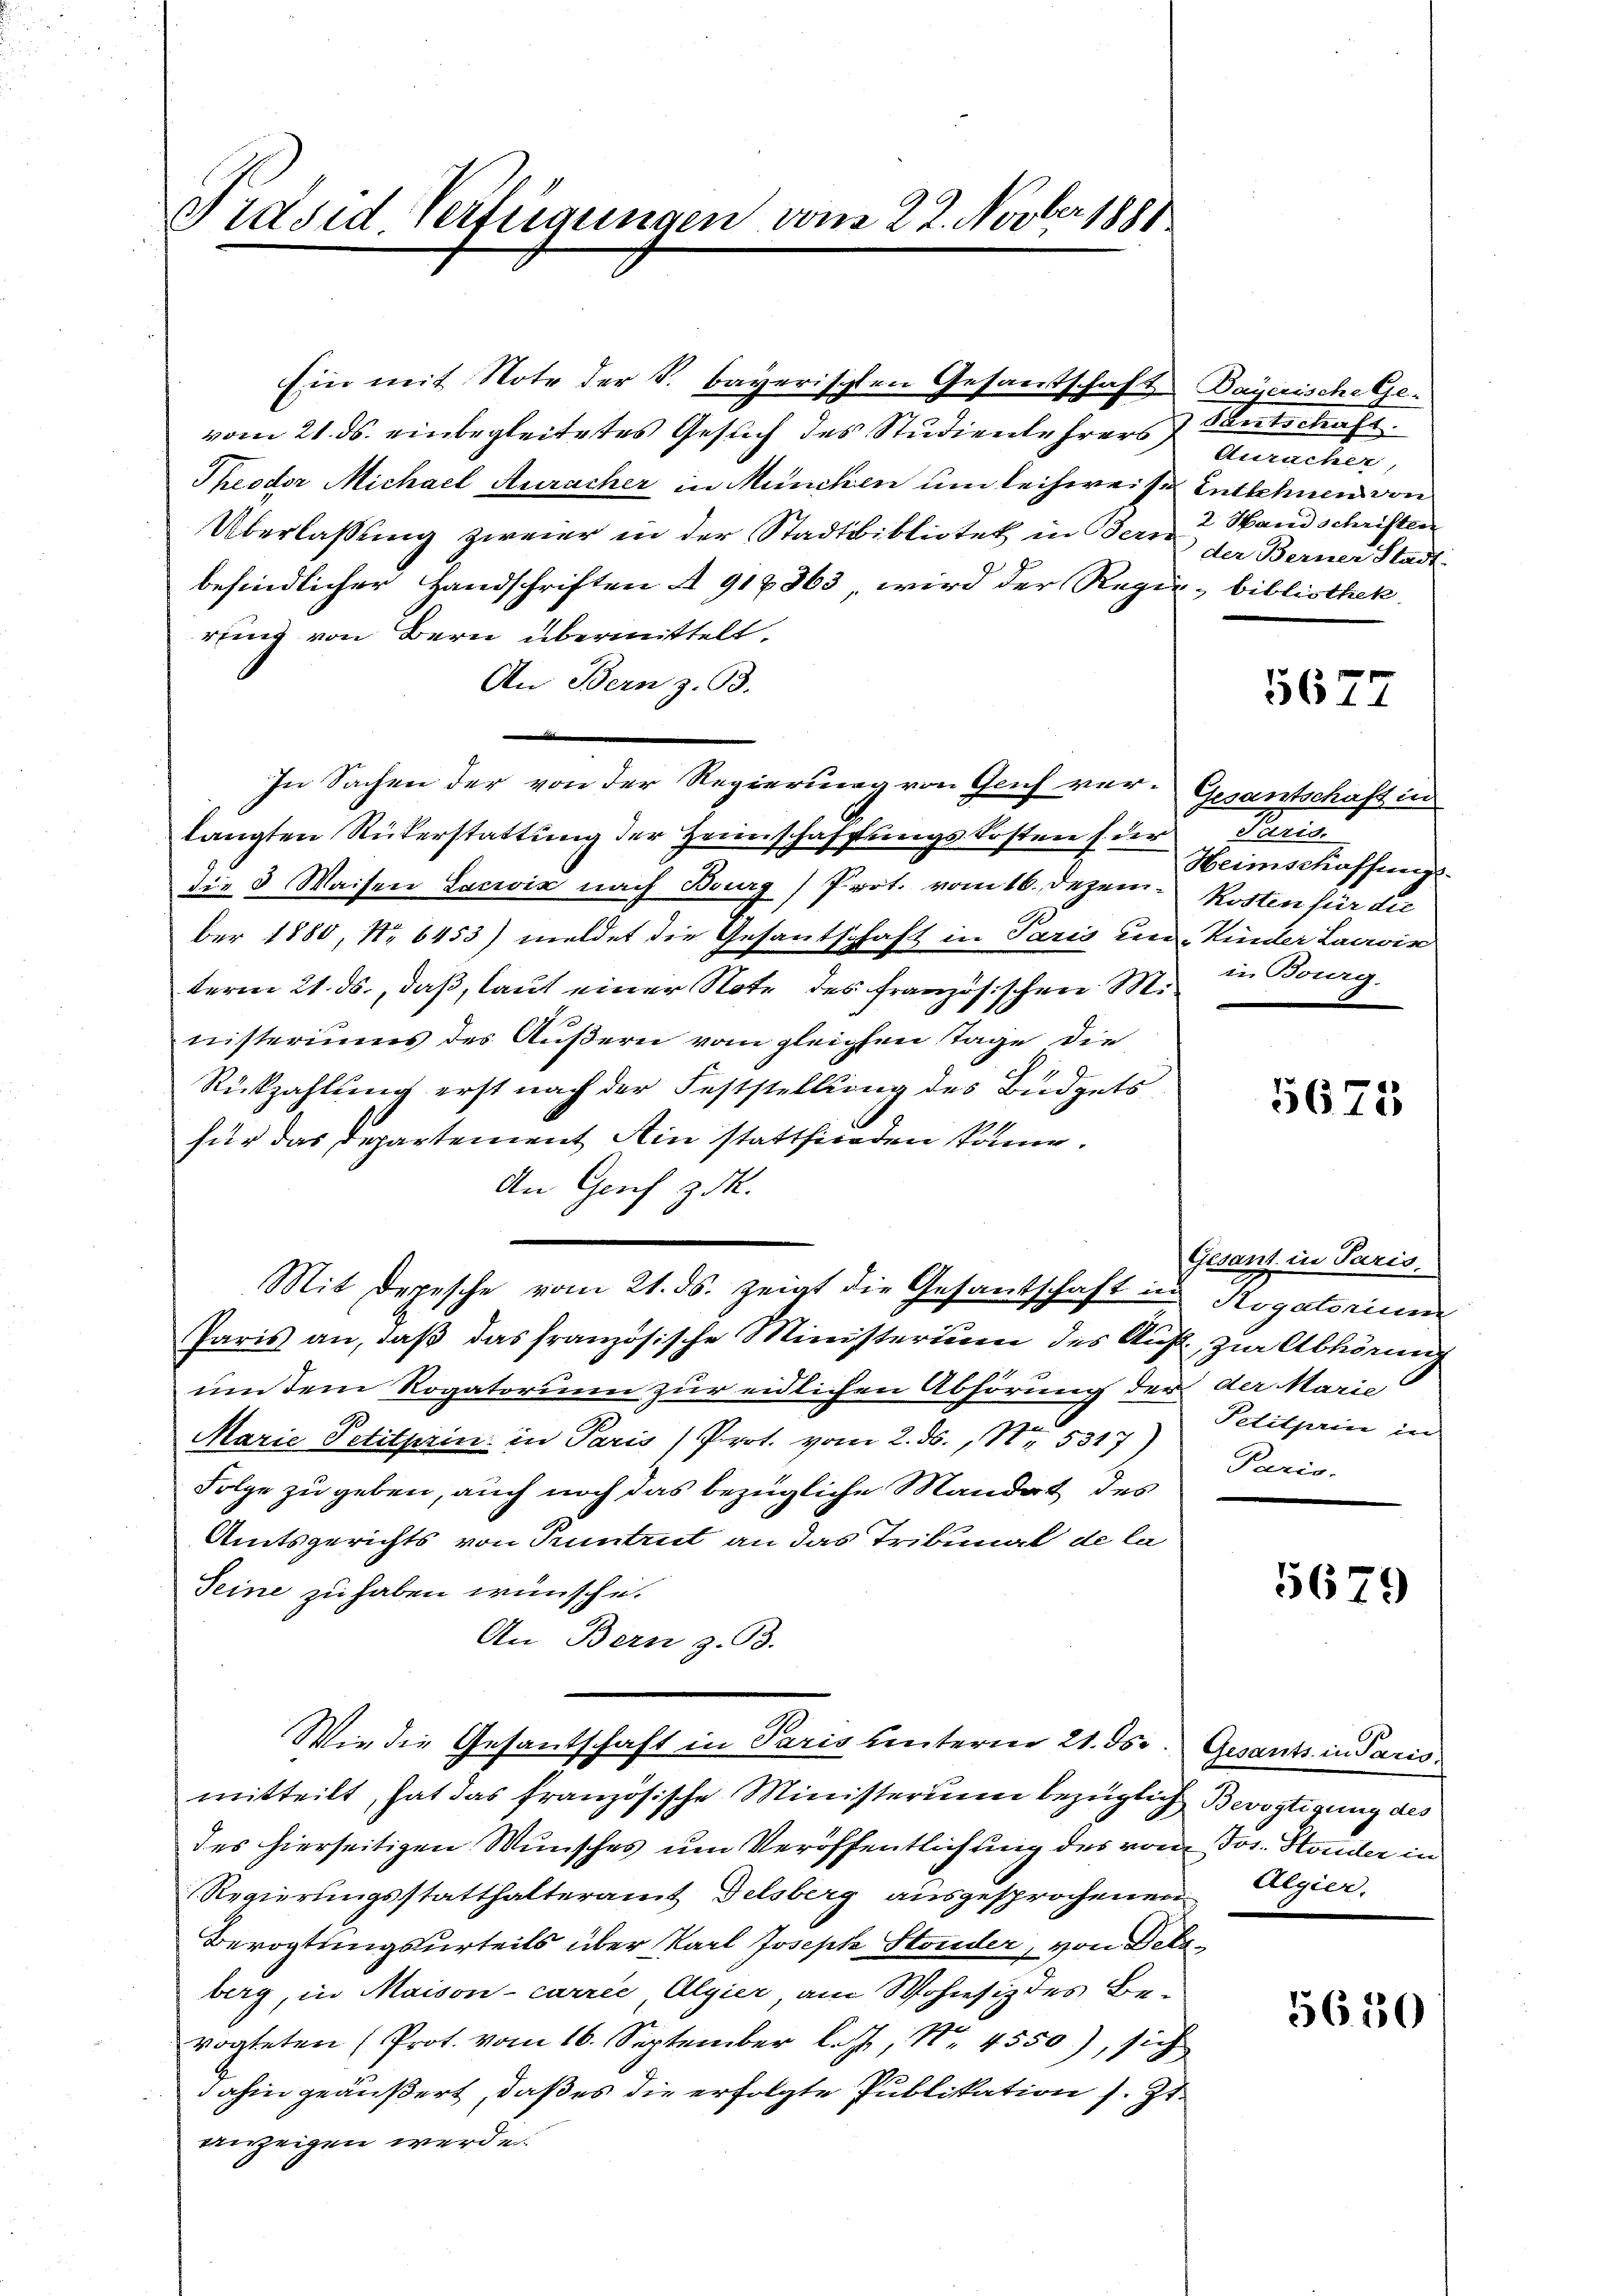
Präsid Verfügungen vom 22. Novber 1881

Ein mit Note der S. bayerischen Gesandtschaft Bayerische Gevom 21. ds. einbegleitetes Gesuch des Studienlehrers entschaft.
Theodor Michael Auracher in München und leihweise
Überlaßung zweier in der Stadtbibliotek in Bern
befindlicher Handschriften A 918863, wird der Regie- bibliothek
rung von Bern übermittelt.
An Bern z. B.
In Sachen der von der Regierung von Genf verlangten Rükerstattung der Heimschaffungs Kosten s der
die 3 Waisen Lacroix nach Bourg) Prot. vom 16. Dezember 1880, No 6453) meldet die Gesantschaft in Paris und Kinder Laavir
term 21. ds., daß, laut einer Note des französischen Ministeriums des Äußern vom gleichen Tage die
.
Rückzahlung erst nach der Feststellung des Büdgets
11
für das Departement Ain stattfinden könne.
An Genf zik.
Paris an, daß das französische Ministerium des Auf zur Abhörung
umtem Rogatorium zur eidlichen Abhörung der der Marie
Marie Petitprin in Paris Prot. vom 2. ds., No. 5317)
Folge zu geben, auch noch das bezügliche Mandert des
Amtsgerichts von Puntrut an das Tribunal de la
Seine zu haben wünsche.
An Bern z. B.
Wie die Gesandschaft in Paris unterm 21. ds.
mitteilt, hat das französische Ministerium bezüglich Bevogtigung des
des hierseitigen Wunsches um Veröffentlichung des von Jos. Sonder in
Regierungsstatthalteramt Delsberg ausgesprochenen Aegier
Berogtungsurteils über Karl Joseph Stonder, von Deleberg, in Maison carre Algier am Wohnsiz des Bevogteten (Prot. vom 16. September los, Nr. 4550), sich
dahin geäußert, daß es die erfolgte Publikation s. Zt.
anzeigen werden.

Mit Depesche vom 21. ds. zeigt die Gesandschaft in Rogatorium

Auracher
Entlehnen von
2. Hand schriften
der Berner Stadt

5677

Gesantschaft in
Preis
Heimschoffnung.
Kosten für die
in Bourg

5673

Gesant in Paris.
Petithin in
Paris.

5679

Gesants in Paris

5650